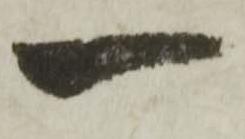
一